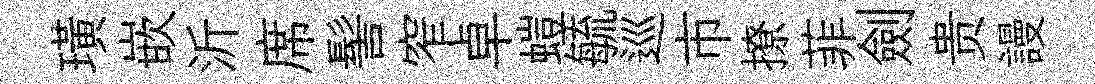
璜嵌沂席髻窄卓螘毓巡市撩菲劍贵謾